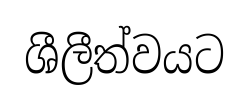
ශීලීත්වයට